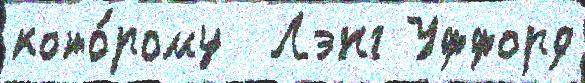
кото́рому  Лэнг Уффорд